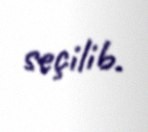
seçilib.